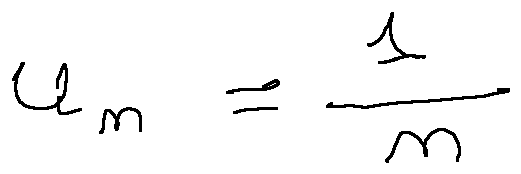
u _ { n } = \frac { 1 } { n }